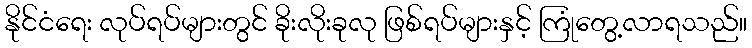
နိုင်ငံရေး လုပ်ရပ်များတွင် ခိုးလိုးခုလု ဖြစ်ရပ်များနှင့် ကြုံတွေ့လာရသည်။